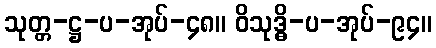
သုတ္တ-ဋ္ဌ-ပ-အုပ်-၄၈။ ဝိသုဒ္ဓိ-ပ-အုပ်-၉၄။